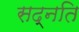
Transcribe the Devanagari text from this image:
सद्नति